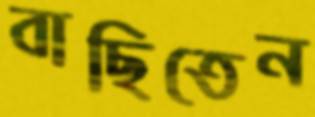
বাছিতেন